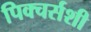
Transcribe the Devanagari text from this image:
पिक्चर्सशी